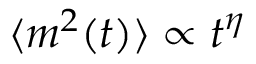
\langle m ^ { 2 } ( t ) \rangle \propto t ^ { \eta }